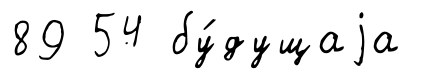
89 54 бу́дущаjа